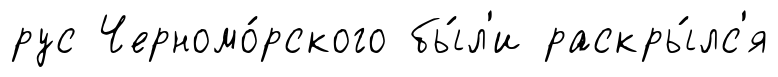
рус Черномо́рского бы́л'и раскры́лс'я